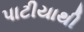
પાટીયાથી